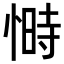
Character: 𭝿